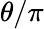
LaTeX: \theta/\pi